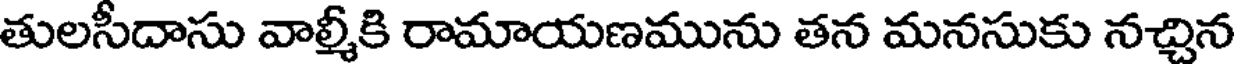
తులసీదాసు వాల్మీకి రామాయణమును తన మనసుకు నచ్చిన